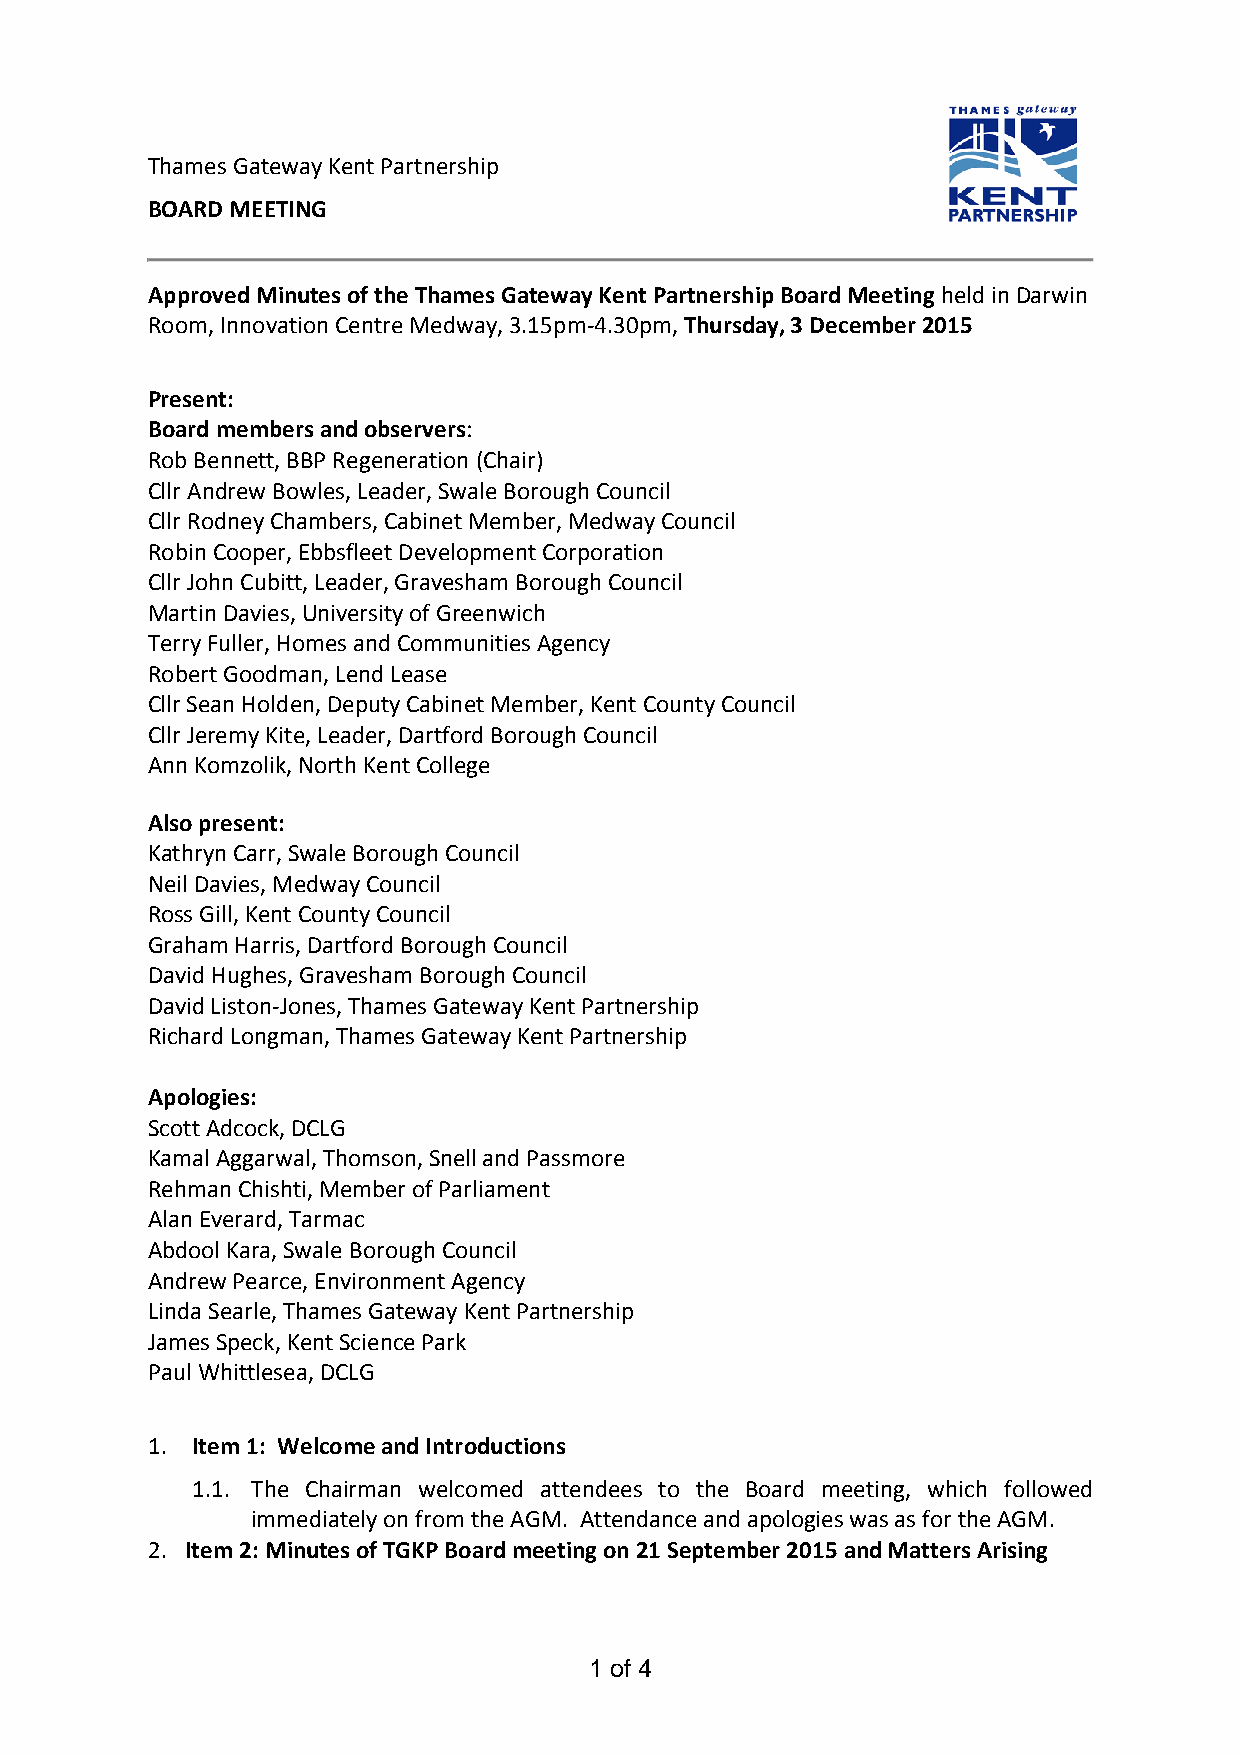
Thames Gateway Kent Partnership
 BOARD MEETING
 Approved Minutes of the Thames Gateway Kent Partnership Board Meeting held in Darwin
 Room, Innovation Centre Medway, 3.15pm-4.30pm, Thursday, 3 December 2015
 Present:
 Board members and observers:
 Rob Bennett, BBP Regeneration (Chair)
 Cllr Andrew Bowles, Leader, Swale Borough Council
 Cllr Rodney Chambers, Cabinet Member, Medway Council
 Robin Cooper, Ebbsfleet Development Corporation
 Cllr John Cubitt, Leader, Gravesham Borough Council
 Martin Davies, University of Greenwich
 Terry Fuller, Homes and Communities Agency
 Robert Goodman, Lend Lease
 Cllr Sean Holden, Deputy Cabinet Member, Kent County Council
 Cllr Jeremy Kite, Leader, Dartford Borough Council
 Ann Komzolik, North Kent College
 Also present:
 Kathryn Carr, Swale Borough Council
 Neil Davies, Medway Council
 Ross Gill, Kent County Council
 Graham Harris, Dartford Borough Council
 David Hughes, Gravesham Borough Council
 David Liston-Jones, Thames Gateway Kent Partnership
 Richard Longman, Thames Gateway Kent Partnership
 Apologies:
 Scott Adcock, DCLG
 Kamal Aggarwal, Thomson, Snell and Passmore
 Rehman Chishti, Member of Parliament
 Alan Everard, Tarmac
 Abdool Kara, Swale Borough Council
 Andrew Pearce, Environment Agency
 Linda Searle, Thames Gateway Kent Partnership
 James Speck, Kent Science Park
 Paul Whittlesea, DCLG
 1. Item 1: Welcome and Introductions
 1.1. The Chairman welcomed attendees to the Board meeting, which followed
 immediately on from the AGM. Attendance and apologies was as for the AGM.
 2. Item 2: Minutes of TGKP Board meeting on 21 September 2015 and Matters Arising
 1 of 4